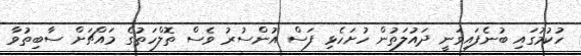
ހުކުމުގައި ބުނެފައިވަނީ ދައުލަތުން ހުށަހެޅި ފަސް އުންސުރު ވެސް ތޮލްހަތުގެ މައްޗަށް ސާބިތުވާ